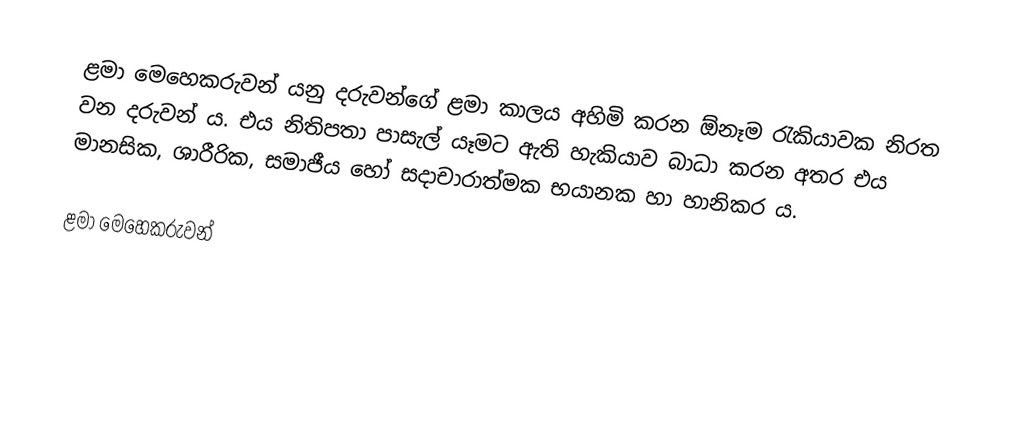
ළමා මෙහෙකරුවන් යනු දරුවන්ගේ ළමා කාලය අහිමි කරන ඕනෑම රැකියාවක නිරත වන දරුවන් ය. එය නිතිපතා පාසැල් යෑමට ඇති හැකියාව බාධා කරන අතර එය මානසික, ශාරීරික, සමාජීය හෝ සදාචාරාත්මක භයානක හා හානිකර ය.

ළමා මෙහෙකරුවන්